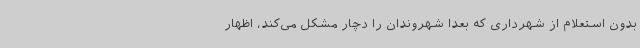
بدون استعلام از شهرداری که بعدا شهروندان را دچار مشکل می‌کند، اظهار